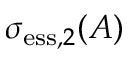
\sigma _ { \mathrm { e s s } , 2 } ( A )